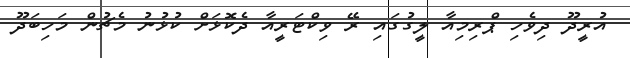
އުރީދޫ ދިވެހި ޕްރިމިއާ ލީގުގައި ރޭ ވިކްޓަރީއާ ދެކޮޅަށް ކުޅުނު މެޗުން މަހިބަދޫ